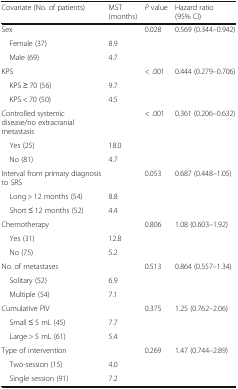
<table><thead><tr><td><b>Covariate (No. of patients)</b></td><td><b>MST (months)</b></td><td><b><i>P</i> value</b></td><td><b>Hazard ratio (95% CI)</b></td></tr></thead><tbody><tr><td>Sex</td><td></td><td>0.028</td><td>0.569 (0.344–0.942)</td></tr><tr><td> Female (37)</td><td>8.9</td><td></td><td></td></tr><tr><td> Male (69)</td><td>4.7</td><td></td><td></td></tr><tr><td>KPS</td><td></td><td>&lt; .001</td><td>0.444 (0.279–0.706)</td></tr><tr><td> KPS ≥ 70 (56)</td><td>9.7</td><td></td><td></td></tr><tr><td> KPS &lt; 70 (50)</td><td>4.5</td><td></td><td></td></tr><tr><td>Controlled systemic disease/no extracranial metastasis</td><td></td><td>&lt; .001</td><td>0.361 (0.206–0.632)</td></tr><tr><td> Yes (25)</td><td>18.0</td><td></td><td></td></tr><tr><td> No (81)</td><td>4.7</td><td></td><td></td></tr><tr><td>Interval from primary diagnosis to SRS</td><td></td><td>0.053</td><td>0.687 (0.448–1.05)</td></tr><tr><td> Long &gt; 12 months (54)</td><td>8.8</td><td></td><td></td></tr><tr><td> Short ≤ 12 months (52)</td><td>4.4</td><td></td><td></td></tr><tr><td>Chemotherapy</td><td></td><td>0.806</td><td>1.08 (0.603–1.92)</td></tr><tr><td> Yes (31)</td><td>12.8</td><td></td><td></td></tr><tr><td> No (75)</td><td>5.2</td><td></td><td></td></tr><tr><td>No. of metastases</td><td></td><td>0.513</td><td>0.864 (0.557–1.34)</td></tr><tr><td> Solitary (52)</td><td>6.9</td><td></td><td></td></tr><tr><td> Multiple (54)</td><td>7.1</td><td></td><td></td></tr><tr><td>Cumulative PIV</td><td></td><td>0.375</td><td>1.25 (0.762–2.06)</td></tr><tr><td> Small ≤ 5 mL (45)</td><td>7.7</td><td></td><td></td></tr><tr><td> Large &gt; 5 mL (61)</td><td>5.4</td><td></td><td></td></tr><tr><td>Type of intervention</td><td></td><td>0.269</td><td>1.47 (0.744–2.89)</td></tr><tr><td> Two-session (15)</td><td>4.0</td><td></td><td></td></tr><tr><td> Single session (91)</td><td>7.2</td><td></td><td></td></tr></tbody></table>